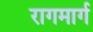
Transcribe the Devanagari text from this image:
रागमार्ग